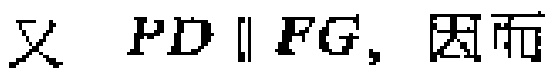
又 \(PD \parallel FG,\) 因而